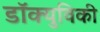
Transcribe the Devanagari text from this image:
डॉक्युविकी